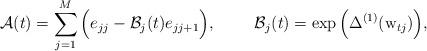
LaTeX: \begin{align*}{\cal A}(t) = \sum_{j=1}^M \Big ( e_{jj} - {\cal B}_j(t)e_{j j+1}\Big), ~~~~~~~{\cal B}_j(t) = \exp \Big (\Delta^{(1)}({\mathrm w}_{tj}) \Big ), \end{align*}